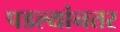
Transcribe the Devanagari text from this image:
पडल्यांनतर